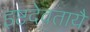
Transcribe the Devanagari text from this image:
इष्टदेवतायै